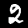
Label: 2